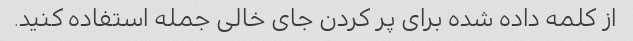
از کلمه داده شده برای پر کردن جای خالی جمله استفاده کنید.